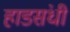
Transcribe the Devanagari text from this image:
हाडसंधी